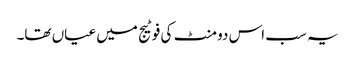
یہ سب اس دو منٹ کی فوٹیج میں عیاں تھا۔